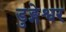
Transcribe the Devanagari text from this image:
डुङ्गेश्वर